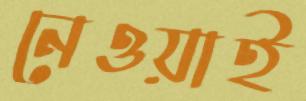
নেওয়াই